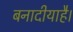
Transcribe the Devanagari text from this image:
बनादीयाहै।